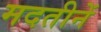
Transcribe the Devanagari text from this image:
मदतीनें